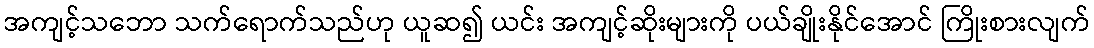
အကျင့်သဘော သက်ရောက်သည်ဟု ယူဆ၍ ယင်း အကျင့်ဆိုးများကို ပယ်ချိုးနိုင်အောင် ကြိုးစားလျက်